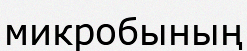
микробының